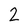
Character: 2